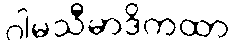
ဂါမသီမာဒိကထာ